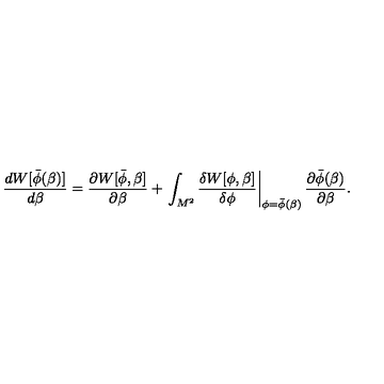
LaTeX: { \frac { d W [ \bar { \phi } ( \beta ) ] } { d \beta } } = { \frac { \partial W [ \bar { \phi } , \beta ] } { \partial \beta } } + \left. \int _ { M ^ { 2 } } { \frac { \delta W [ \phi , \beta ] } { \delta \phi } } \right| _ { \phi = \bar { \phi } ( \beta ) } { \frac { \partial \bar { \phi } ( \beta ) } { \partial \beta } } .